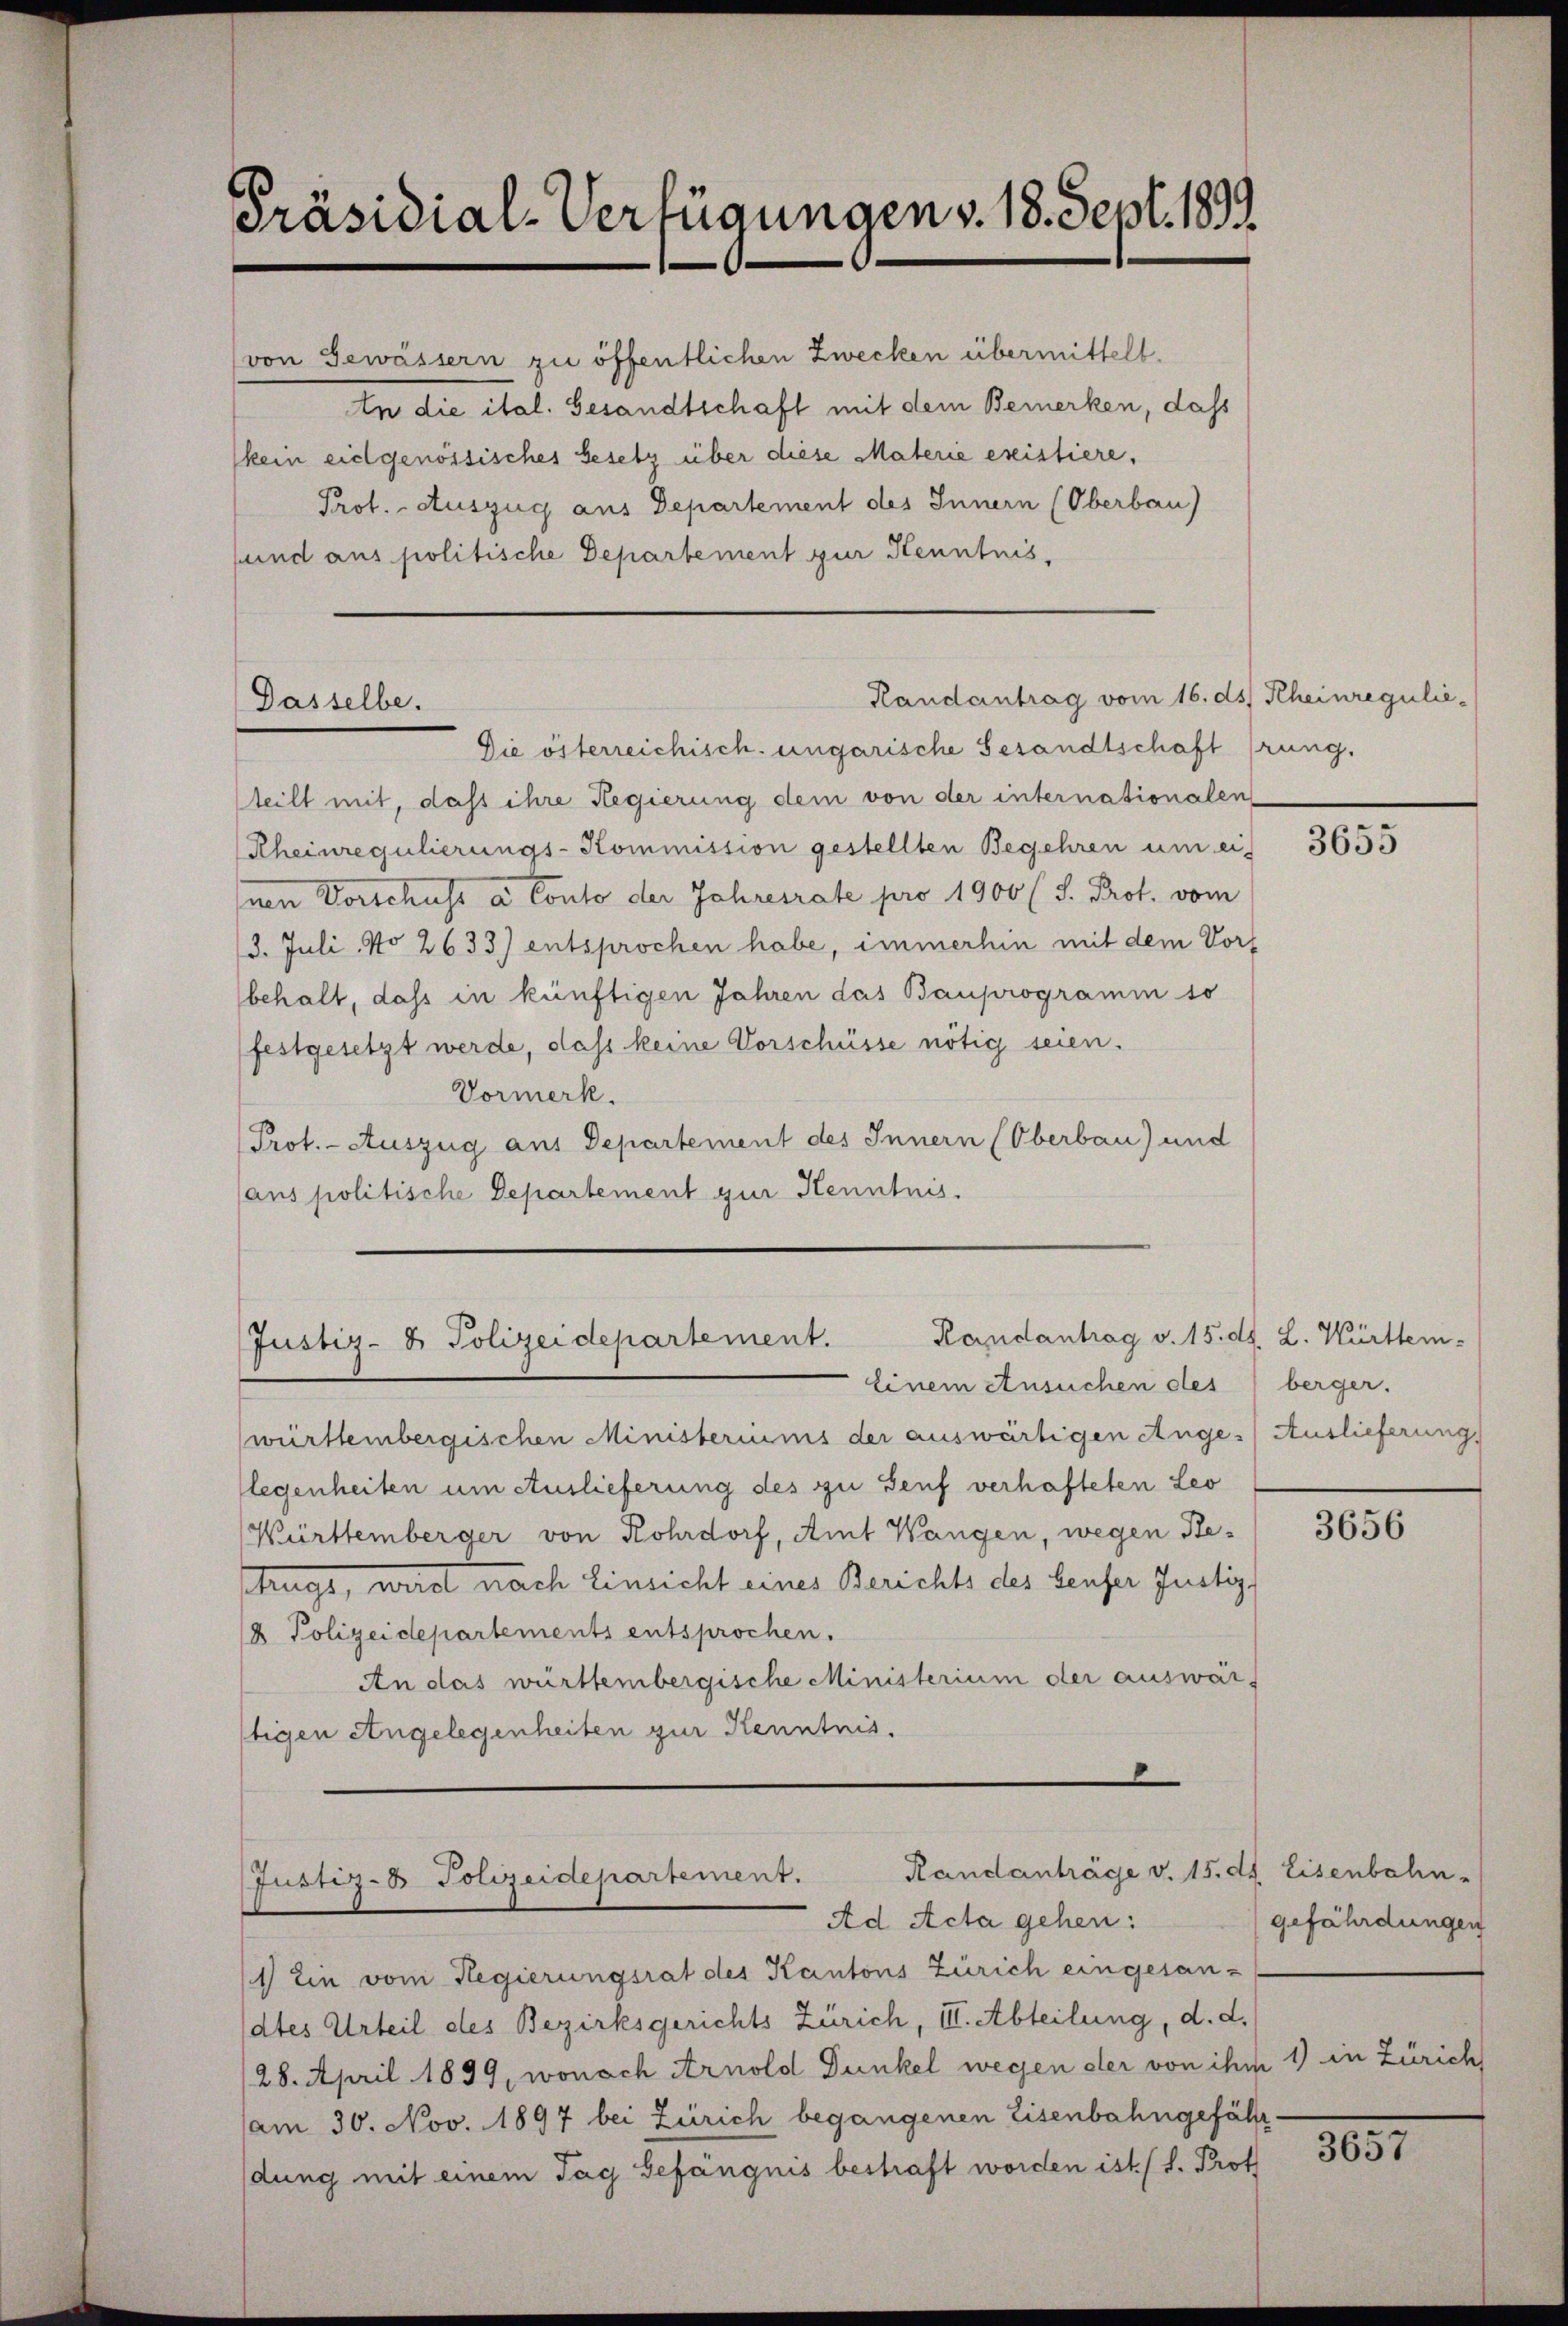
Präsidial-Verfügungen v. 18. Sept. 1899

von Gewässern zu öffentlichen Zwecken übermittelt.
An die ital. Gesandtschaft mit dem Bemerken, dass
(kein eidgenössisches Gesetz über diese Materie existiere,
Prot. - Auszug aus Departement des Innern (Oberbau)
sund aus politische Departement zur Kenntnis,

Randantrag vom 16. ds. Rheinregulie¬
Dasselbe.

Die österreichisch-ungarische Gesandtschaft rung.
teilt mit, dass ihre Regierung dem von der internationalen
Rheinregulierungs-Kommission gestellten Begehren um ei-
 Vorschuss a Conto der Jahresrate pro 1900 (S. Prot. vom
3. Juli No 2633) entsprochen habe, immerhin mit dem Vors
behalt, dass in künftigen Jahren das Bauprogramm so
festgesetzt werde, dass keine Vorschüsse nötig seien.
Vormerk.
Prot. - Auszug aus Departement des Innern (Oberbau) und
(aus politische Departement zur Kenntnis.

Handantrag v. 15. dh. L. Württem-
Justiz- & Polizeidepartement.

Randanträge v. 15. ds. Eisenbahn-
Justiz- Polizeidepartement.
Ad Acta gehen:

einem Ansuchen des
württembergischen Ministeriums der auswärtigen Ange-
legenheiten um Auslieferung des zu Genf verhafteten Leo
Württemberger von Rohrdorf, Amt Wangen, wegen Behugs, wird nach Einsicht eines Berichts des beuser Justiz,
 Polizeidepartements entsprochen.
An das württembergische Ministerium der auswärftigen Angelegenheiten zur Kenntnis.

11) Ein vom Regierungsrat des Kantons Zürich eingesan-
dtes Urteil des Bezirksgerichts Zürich, III. Abteilung, d. d.
28. April 1899, wonach Arnold Dunkel wegen der von ihm 1) in Zürich
am 30. Nov. 1897 bei Zürich begangenen Eisenbahngefährdung mit einem Tag Gefängnis bestraft worden ist (s. Prot

3655

berger.
Auslieferung

3656

gefährdungen

8057